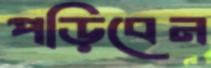
পড়িবেন